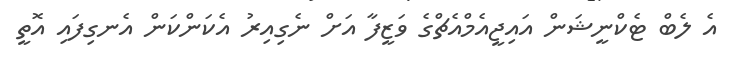
އެ ލެބް ޓެކްނީޝަން އައިޖީއެމްއެޗްގެ ވަޒީފާ އަށް ނެގިއިރު އެކަންކަން އެނގިފައި އޮތީ